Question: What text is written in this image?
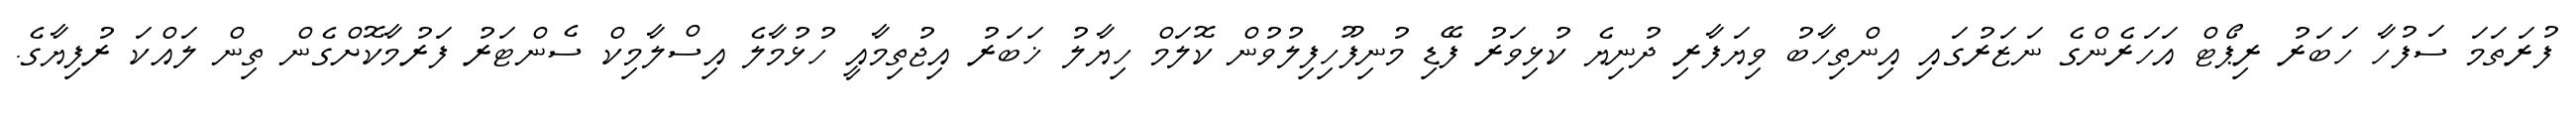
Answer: ފުރަތަމަ ސަފުހާ ހަބަރު ރިޕޯޓް އަހަރެންގެ ނަޒަރުގައި އިންތިހާބު ވިޔަފާރި ދުނިޔެ ކުޅިވަރު ފޭޑި މުނިފޫހިފިލުވުން ކޮލަމް ހިޔާލު ޚަބަރު އިޖުތިމާއީ ހުޅުމާލެ އިސްލާމިކް ސެންޓަރު ފަރުމާކޮށްގެން ތިން ލައްކަ ރުފިޔާގެ.